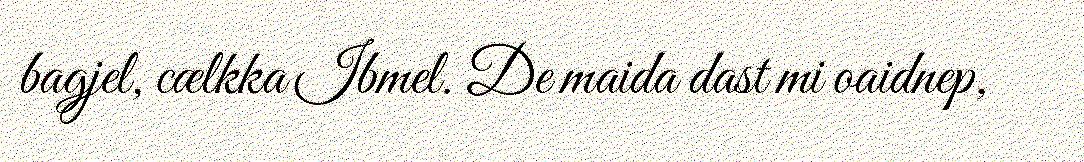
bagjel, cælkka Ibmel. De maida dast mi oaidnep,